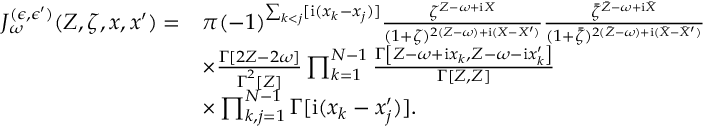
\begin{array} { r l } { J _ { \omega } ^ { ( \epsilon , \epsilon ^ { \prime } ) } ( Z , \zeta , x , x ^ { \prime } ) = } & { \pi ( - 1 ) ^ { \sum _ { k < j } [ \mathrm { i } ( x _ { k } - x _ { j } ) ] } \frac { \zeta ^ { Z - \omega + \mathrm { i } X } } { ( 1 + \zeta ) ^ { 2 ( Z - \omega ) + \mathrm { i } ( X - X ^ { \prime } ) } } \frac { \bar { \zeta } ^ { \bar { Z } - \omega + \mathrm { i } \bar { X } } } { ( 1 + \bar { \zeta } ) ^ { 2 ( \bar { Z } - \omega ) + \mathrm { i } ( \bar { X } - \bar { X } ^ { \prime } ) } } } \\ & { \times \frac { \boldsymbol \Gamma [ 2 Z - 2 \omega ] } { \boldsymbol \Gamma ^ { 2 } [ Z ] } \prod _ { k = 1 } ^ { N - 1 } \frac { \boldsymbol \Gamma \left[ Z - \omega + \mathrm { i } x _ { k } , Z - \omega - \mathrm { i } x _ { k } ^ { \prime } \right] } { { \boldsymbol \Gamma [ Z , Z ] } } } \\ & { \times \prod _ { k , j = 1 } ^ { N - 1 } \boldsymbol \Gamma [ \mathrm { i } ( x _ { k } - x _ { j } ^ { \prime } ) ] . } \end{array}